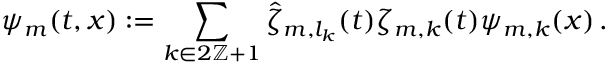
\psi _ { m } ( t , x ) : = \sum _ { k \in 2 \ensuremath { \mathbb { Z } } + 1 } \hat { \zeta } _ { m , l _ { k } } ( t ) \zeta _ { m , k } ( t ) \psi _ { m , k } ( x ) \, .